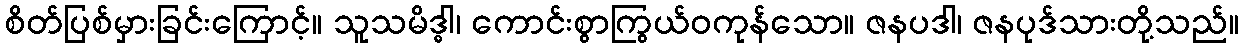
စိတ်ပြစ်မှားခြင်းကြောင့်။ သူသမိဒ္ဓါ၊ ကောင်းစွာကြွယ်ဝကုန်သော။ ဇနပဒါ၊ ဇနပုဒ်သားတို့သည်။